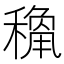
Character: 𥡾